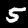
Label: 5